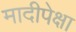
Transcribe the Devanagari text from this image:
मादीपेक्षा